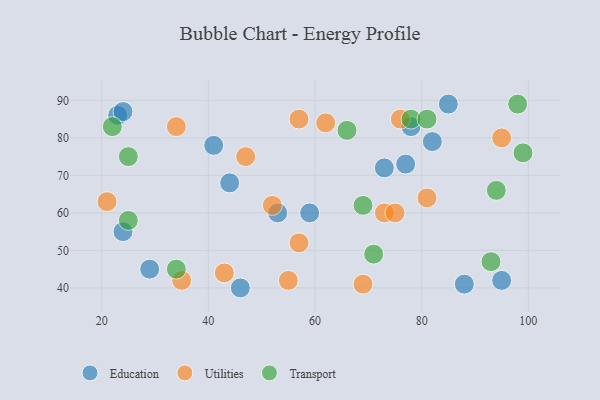
{"axis": {"x": "GDP", "y": "Life Expectancy"}, "legend": ["Education", "Transport", "Utilities"], "data": [{"x": "73", "y": 72, "type": "Education"}, {"x": "85", "y": 89, "type": "Education"}, {"x": "82", "y": 79, "type": "Education"}, {"x": "44", "y": 68, "type": "Education"}, {"x": "78", "y": 83, "type": "Education"}, {"x": "41", "y": 78, "type": "Education"}, {"x": "59", "y": 60, "type": "Education"}, {"x": "46", "y": 40, "type": "Education"}, {"x": "53", "y": 60, "type": "Education"}, {"x": "77", "y": 73, "type": "Education"}, {"x": "24", "y": 55, "type": "Education"}, {"x": "23", "y": 86, "type": "Education"}, {"x": "29", "y": 45, "type": "Education"}, {"x": "88", "y": 41, "type": "Education"}, {"x": "24", "y": 87, "type": "Education"}, {"x": "95", "y": 42, "type": "Education"}, {"x": "35", "y": 42, "type": "Utilities"}, {"x": "43", "y": 44, "type": "Utilities"}, {"x": "81", "y": 64, "type": "Utilities"}, {"x": "57", "y": 52, "type": "Utilities"}, {"x": "55", "y": 42, "type": "Utilities"}, {"x": "76", "y": 85, "type": "Utilities"}, {"x": "52", "y": 62, "type": "Utilities"}, {"x": "95", "y": 80, "type": "Utilities"}, {"x": "73", "y": 60, "type": "Utilities"}, {"x": "62", "y": 84, "type": "Utilities"}, {"x": "34", "y": 83, "type": "Utilities"}, {"x": "57", "y": 85, "type": "Utilities"}, {"x": "47", "y": 75, "type": "Utilities"}, {"x": "69", "y": 41, "type": "Utilities"}, {"x": "21", "y": 63, "type": "Utilities"}, {"x": "75", "y": 60, "type": "Utilities"}, {"x": "34", "y": 45, "type": "Transport"}, {"x": "78", "y": 85, "type": "Transport"}, {"x": "81", "y": 85, "type": "Transport"}, {"x": "25", "y": 75, "type": "Transport"}, {"x": "93", "y": 47, "type": "Transport"}, {"x": "25", "y": 58, "type": "Transport"}, {"x": "66", "y": 82, "type": "Transport"}, {"x": "94", "y": 66, "type": "Transport"}, {"x": "22", "y": 83, "type": "Transport"}, {"x": "71", "y": 49, "type": "Transport"}, {"x": "98", "y": 89, "type": "Transport"}, {"x": "69", "y": 62, "type": "Transport"}, {"x": "99", "y": 76, "type": "Transport"}]}